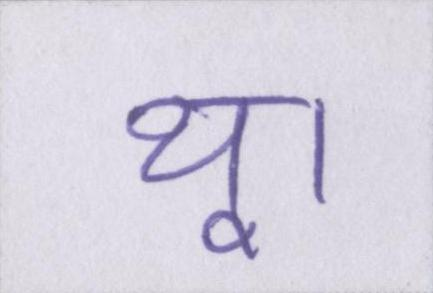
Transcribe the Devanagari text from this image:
थू।